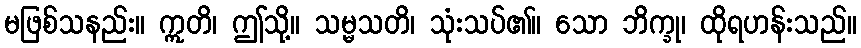
မဖြစ်သနည်း။ ဣတိ၊ ဤသို့။ သမ္မသတိ၊ သုံးသပ်၏။ သော ဘိက္ခု၊ ထိုရဟန်းသည်။